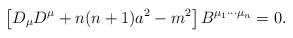
\begin{align*}\left[ D_{\mu} D^{\mu} + n(n+1) a^2 - m^2 \right] B^{\mu_1 \cdots \mu_n} = 0. \end{align*}